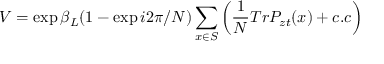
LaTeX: V = \exp { \beta _ { L } ( 1 - \exp { i 2 \pi / N } ) \sum _ { x \in S } \left( { \frac { 1 } { N } } T r P _ { z t } ( x ) + c . c \right) }